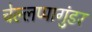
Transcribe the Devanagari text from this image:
चेल्लप्पागुंडर